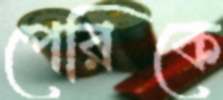
পেরিকে